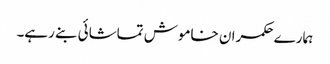
ہمارے حکمران خاموش تماشائی بنے رہے۔